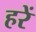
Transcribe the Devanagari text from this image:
हरें